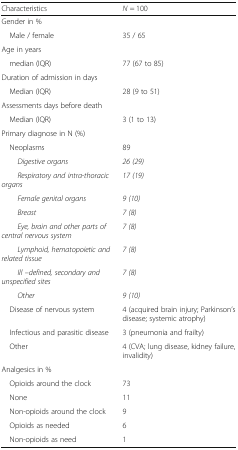
<table><thead><tr><td><b>Characteristics</b></td><td><b><i>N</i> = 100</b></td></tr></thead><tbody><tr><td colspan="2">Gender in %</td></tr><tr><td> Male / female</td><td>35 / 65</td></tr><tr><td colspan="2">Age in years</td></tr><tr><td> median (IQR)</td><td>77 (67 to 85)</td></tr><tr><td colspan="2">Duration of admission in days</td></tr><tr><td> Median (IQR)</td><td>28 (9 to 51)</td></tr><tr><td colspan="2">Assessments days before death</td></tr><tr><td> Median (IQR)</td><td>3 (1 to 13)</td></tr><tr><td colspan="2">Primary diagnose in N (%)</td></tr><tr><td> Neoplasms</td><td>89</td></tr><tr><td><i>Digestive organs</i></td><td><i>26 (29)</i></td></tr><tr><td><i>Respiratory and intra-thoracic organs</i></td><td><i>17 (19)</i></td></tr><tr><td><i>Female genital organs</i></td><td><i>9 (10)</i></td></tr><tr><td><i>Breast</i></td><td><i>7 (8)</i></td></tr><tr><td><i>Eye, brain and other parts of central nervous system</i></td><td><i>7 (8)</i></td></tr><tr><td><i>Lymphoid, hematopoietic and related tissue</i></td><td><i>7 (8)</i></td></tr><tr><td><i>Ill –defined, secondary and unspecified sites</i></td><td><i>7 (8)</i></td></tr><tr><td><i>Other</i></td><td><i>9 (10)</i></td></tr><tr><td> Disease of nervous system</td><td>4 (acquired brain injury; Parkinson’s disease; systemic atrophy)</td></tr><tr><td> Infectious and parasitic disease</td><td>3 (pneumonia and frailty)</td></tr><tr><td> Other</td><td>4 (CVA; lung disease, kidney failure, invalidity)</td></tr><tr><td colspan="2">Analgesics in %</td></tr><tr><td> Opioids around the clock</td><td>73</td></tr><tr><td> None</td><td>11</td></tr><tr><td> Non-opioids around the clock</td><td>9</td></tr><tr><td> Opioids as needed</td><td>6</td></tr><tr><td> Non-opioids as need</td><td>1</td></tr></tbody></table>